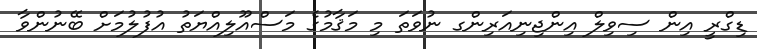
ޑިގްރީ އިން ސިވިލް އިންޖިނިއަރިންގ ނުވަތަ މި މަޤާމުގެ މަސްއޫލިއްޔަތު އުފުލުމަށް ބޭނުންވާ